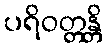
ပရိဝတ္တန္တိ